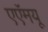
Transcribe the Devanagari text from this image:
एएॅमयू